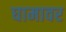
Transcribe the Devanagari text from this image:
घामावर